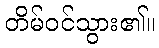
တိမ်ဝင်သွား၏။